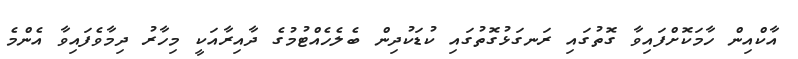
އާކްއިން ހާމަކޮށްފައިވާ ގޮތުގައި ރަނގަޅުގޮތުގައި ކުޑަކުދިން ބެލެހެއްޓުމުގެ ދާއިރާއަކީ މިހާރު ދިމާވެފައިވާ އެންމެ